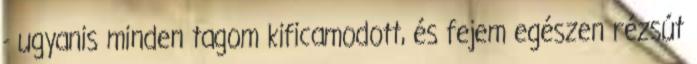
- ugyanis minden tagom kificamodott, és fejem egészen rézsút